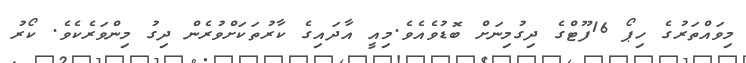
މިވައްތަރުގެ ހިޕޯ 16ފޫޓްގެ ދިގުމިނަށް ބޮޑުވެއެވެ.މިއީ އާދައިގެ ކާރުތަކަށްވުރެން ދިގު މިންވަރެކެވެ. ކޯރު